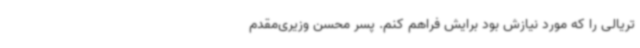
تریالی را که مورد نیازش بود برایش فراهم کنم. پسر محسن وزیری‌مقدم